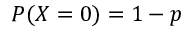
P ( X = 0 ) = 1 - p